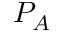
P _ { A }